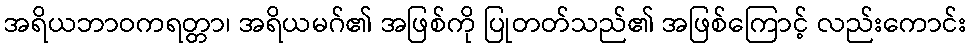
အရိယဘာဝကရတ္တာ၊ အရိယမဂ်၏ အဖြစ်ကို ပြုတတ်သည်၏ အဖြစ်ကြောင့် လည်းကောင်း